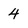
Character: 4